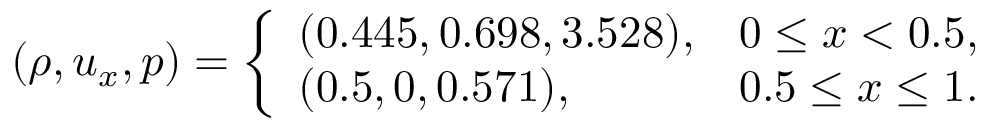
( \rho , u _ { x } , p ) = \left\{ \begin{array} { l l } { ( 0 . 4 4 5 , 0 . 6 9 8 , 3 . 5 2 8 ) , } & { 0 \leq x < 0 . 5 , } \\ { ( 0 . 5 , 0 , 0 . 5 7 1 ) , } & { 0 . 5 \leq x \leq 1 . } \end{array} \right.